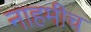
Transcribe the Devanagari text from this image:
नाहमीच